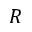
R